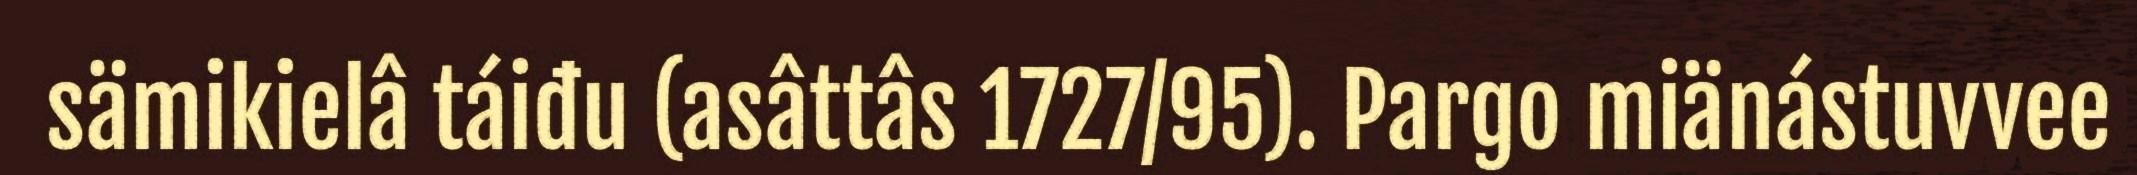
sämikielâ táiđu (asâttâs 1727/95). Pargo miänástuvvee